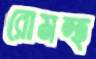
রোমন্হ